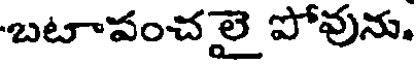
బటాపంచలై పోవును.